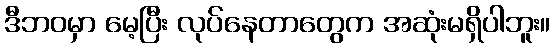
ဒီဘဝမှာ မေ့ပြီး လုပ်နေတာတွေက အဆုံးမရှိပါဘူး။